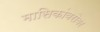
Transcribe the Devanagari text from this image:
मासिकांबरोबर